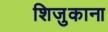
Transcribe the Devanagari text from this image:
शिजुकाना